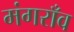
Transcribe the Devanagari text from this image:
मंगराँव